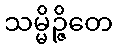
သမ္မိဉ္ဇိတေ